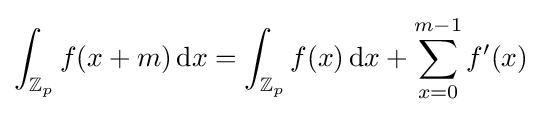
\int _{\mathbb {Z} _{p}}f(x+m)\,{\rm {d}}x=\int _{\mathbb {Z} _{p}}f(x)\,{\rm {d}}x+\sum _{x=0}^{m-1}f'(x)